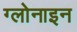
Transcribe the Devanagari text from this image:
ग्लोनाइन